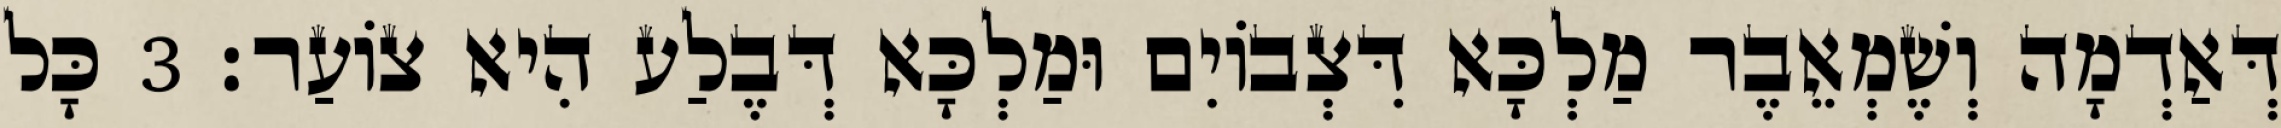
דְּאַדְמָה וְשֶׁמְאֵבֶר מַלְכָּא דִּצְבוֹיִם וּמַלְכָּא דְּבֶלַע הִיא צוֹעַר׃ 3 כָּל